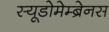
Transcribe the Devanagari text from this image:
स्यूडोमेम्ब्रेनस